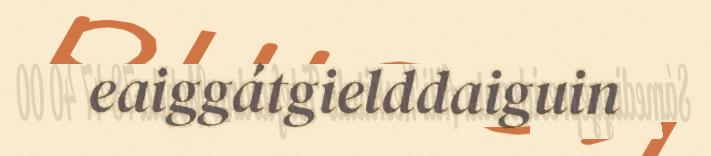
eaiggátgielddaiguin